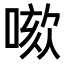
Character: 𠺡